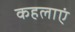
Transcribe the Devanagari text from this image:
कहलाएं